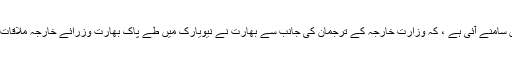
یہ خبر بھارتی میڈیا میں سامنے آئی ہے ، کہ وزارت خارجہ کے ترجمان کی جانب سے بھارت نے نیویارک میں طے پاک بھارت وزرائے خارجہ ملاقات منسوخ کردی گئی ہے۔